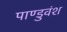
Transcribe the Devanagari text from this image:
पाण्डुवंश